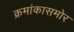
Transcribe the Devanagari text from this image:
क्रमांकासमोर